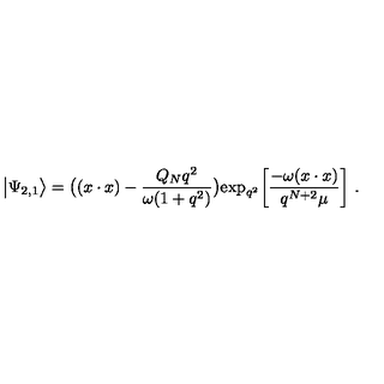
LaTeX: \big | \Psi _ { 2 , 1 } \big > = \big ( ( x \cdot x ) - { \frac { Q _ { N } q ^ { 2 } } { \omega ( 1 + q ^ { 2 } ) } } \big ) \mathrm { e x p } _ { q ^ { 2 } } \bigg [ { \frac { - \omega ( x \cdot x ) } { q ^ { N + 2 } \mu } } \bigg ] \ .